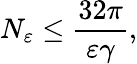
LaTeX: N_{\varepsilon}\leq\frac{32\pi}{\varepsilon\gamma},